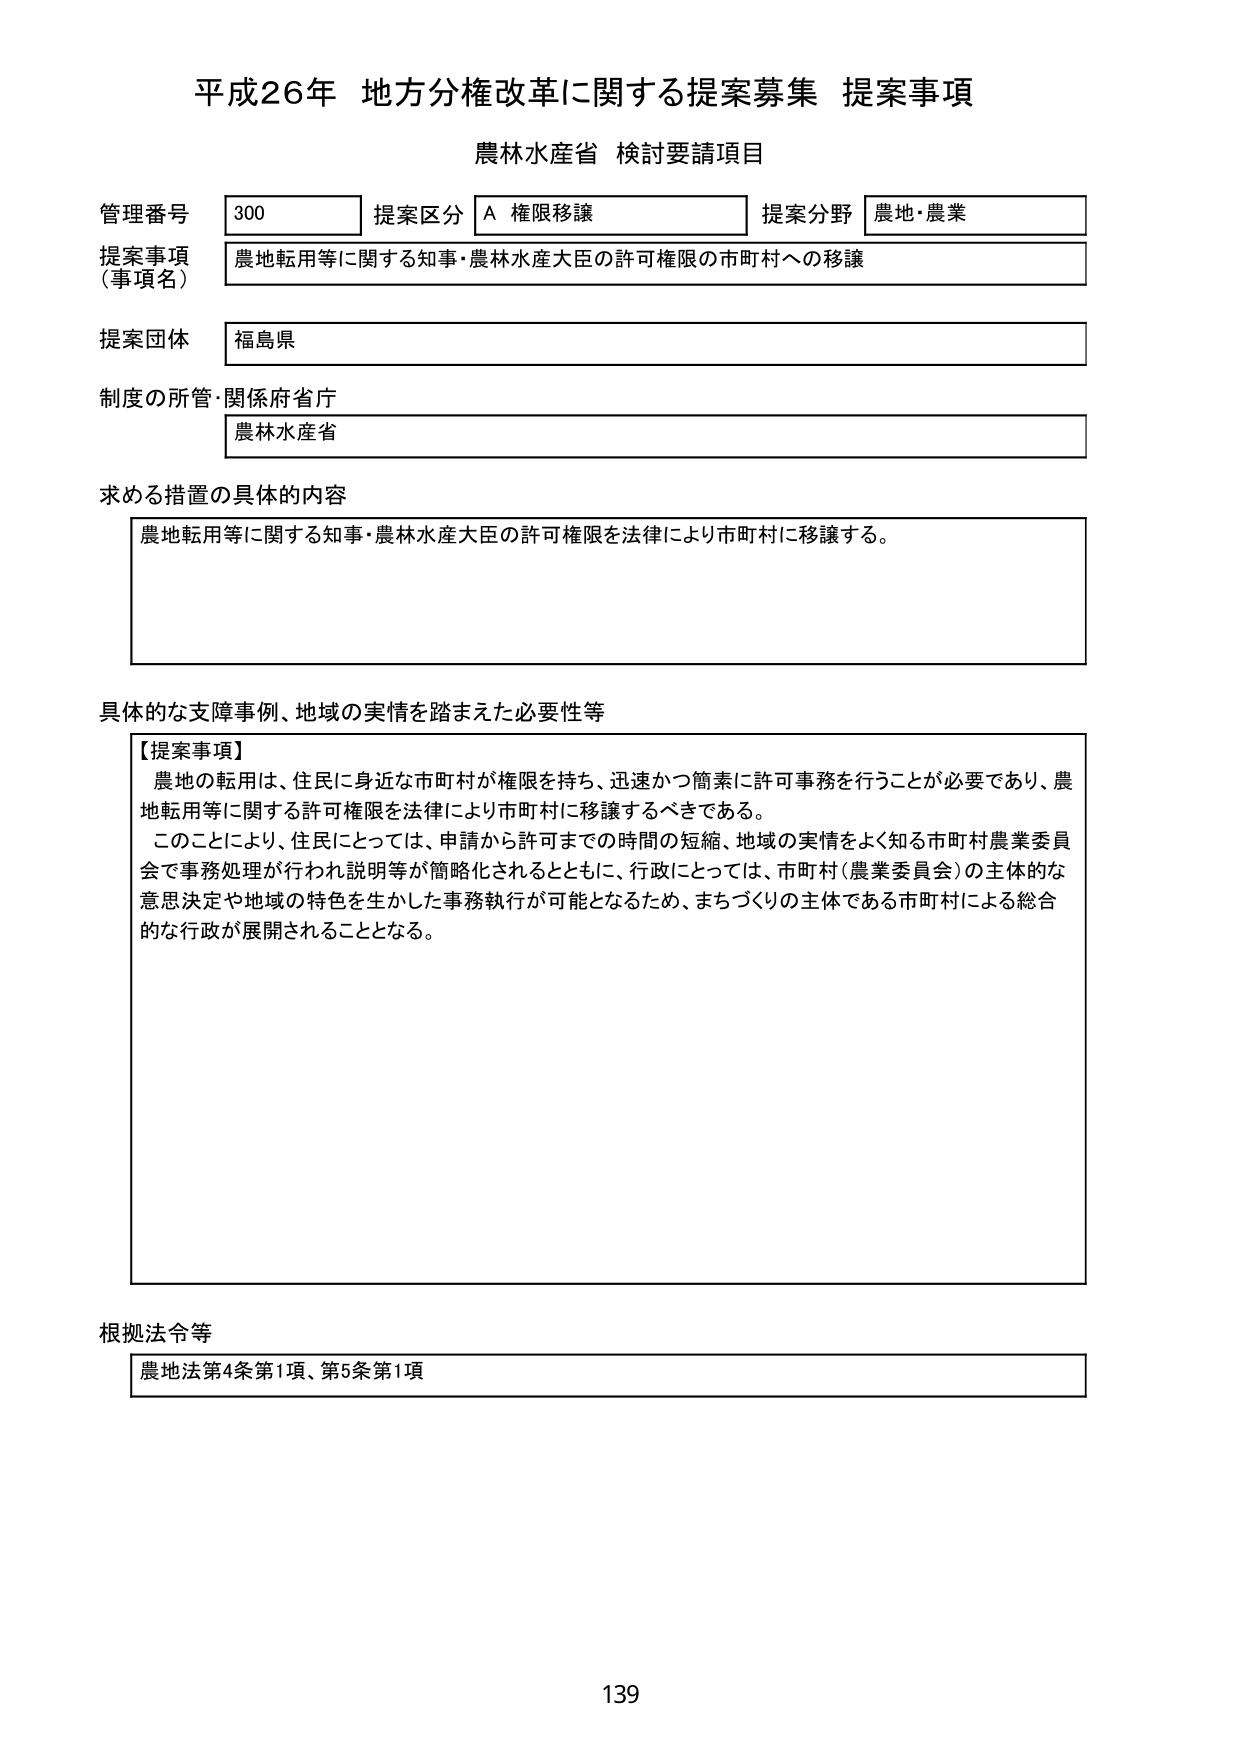
平成26年 地方分権改革に関する提案募集 提案事項
農林水産省 検討要請項目

管理番号 300 提案区分 A 権限移譲 提案分野 農地・農業
提案事項（事項名） 農地転用等に関する知事・農林水産大臣の許可権限の市町村への移譲
提案団体 福島県
制度の所管・関係府省庁 農林水産省

求める措置の具体的な内容
農地転用等に関する知事・農林水産大臣の許可権限を法律により市町村に移譲する。

具体的な支障事例、地域の実情を踏まえた必要性等
【提案事項】
農地の転用は、住民に身近な市町村が権限を持ち、迅速かつ簡素に許可事務を行うことが必要であり、農地転用等に関する許可権限を法律により市町村に移譲するべきである。
このことにより、住民にとっては、申請から許可までの時間の短縮、地域の実情をよく知る市町村農業委員会で事務処理が行われ説明等が簡略化されるとともに、行政にとっては、市町村（農業委員会）の主体的な意思決定や地域の特色を生かした事務執行が可能となるため、まちづくりの主体である市町村による総合的な行政が展開されることとなる。

根拠法令等
農地法第4条第1項、第5条第1項

139